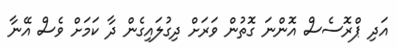
އަދި ޕްރޮސެސް އޮންނަ ގޮތުން ވަރަށް ދިގުލައިގެން ދާ ކަމަށް ވެސް އޭނާ